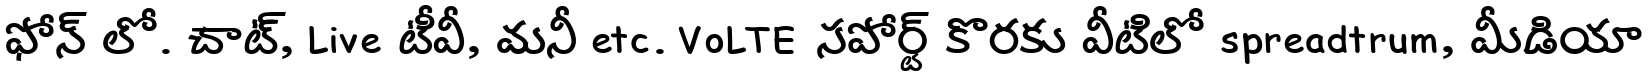
ఫోన్ లో. చాట్, Live టీవీ, మనీ etc. VoLTE సపోర్ట్ కొరకు వీటిలో spreadtrum, మీడియా